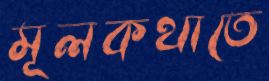
মূলকথাতে